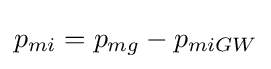
p_{mi}=p_{mg}-p_{miGW}